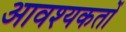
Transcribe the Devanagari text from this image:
आवश्यकतों